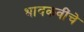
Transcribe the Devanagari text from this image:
भावकवींचे